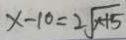
x - 1 0 = 2 \sqrt { x + 5 }